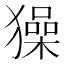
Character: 𤢖